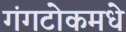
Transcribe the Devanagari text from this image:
गंगटोकमधे